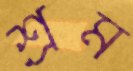
শ্রম